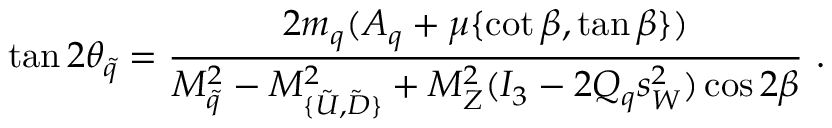
\tan 2 \theta _ { \tilde { q } } = \frac { 2 m _ { q } ( A _ { q } + \mu \{ \cot \beta , \tan \beta \} ) } { M _ { \tilde { q } } ^ { 2 } - M _ { \{ \tilde { U } , \tilde { D } \} } ^ { 2 } + M _ { Z } ^ { 2 } ( I _ { 3 } - 2 Q _ { q } s _ { W } ^ { 2 } ) \cos 2 \beta } \ .